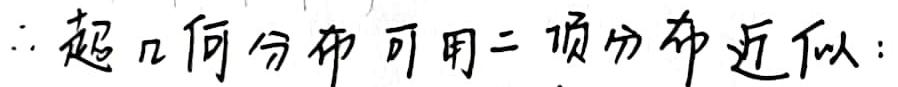
$\therefore$ 超几何分布可用二项分布近似：